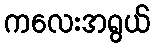
ကလေးအရွယ်